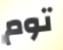
توم